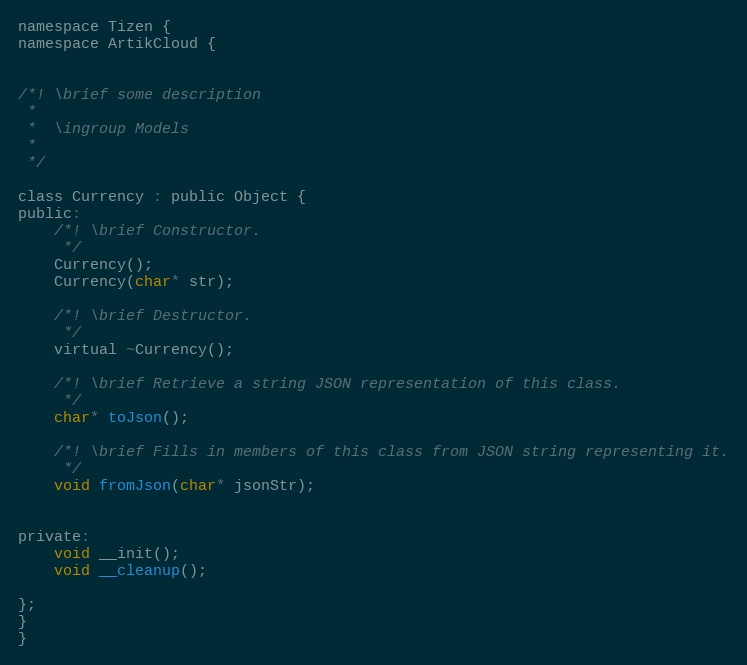
Language: C
namespace Tizen {
namespace ArtikCloud {

/*! \brief some description
 *
 *  \ingroup Models
 *
 */

class Currency : public Object {
public:
	/*! \brief Constructor.
	 */
	Currency();
	Currency(char* str);

	/*! \brief Destructor.
	 */
	virtual ~Currency();

	/*! \brief Retrieve a string JSON representation of this class.
	 */
	char* toJson();

	/*! \brief Fills in members of this class from JSON string representing it.
	 */
	void fromJson(char* jsonStr);

private:
	void __init();
	void __cleanup();

};
}
}